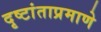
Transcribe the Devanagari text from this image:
दृष्टांताप्रमाणे